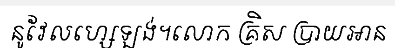
នូវែលហ្សេឡង់។លោក គ្រិស ប្រាយអាន